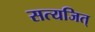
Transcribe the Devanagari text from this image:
सत्यजित्‌